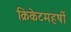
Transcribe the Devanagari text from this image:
क्रिकेटमहर्षी